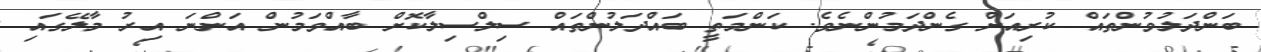
ބަންދަލުވުންތައް ކުރިއަށް ގެންދަމުންނެވެ. ކަންމަތީ ބައްދަލުންތައް ސިލްސިލާކޮށް ބާއްވަމުން އަންނަ އިރު މާލޭގައި